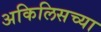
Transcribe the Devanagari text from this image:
अकिलिसच्या